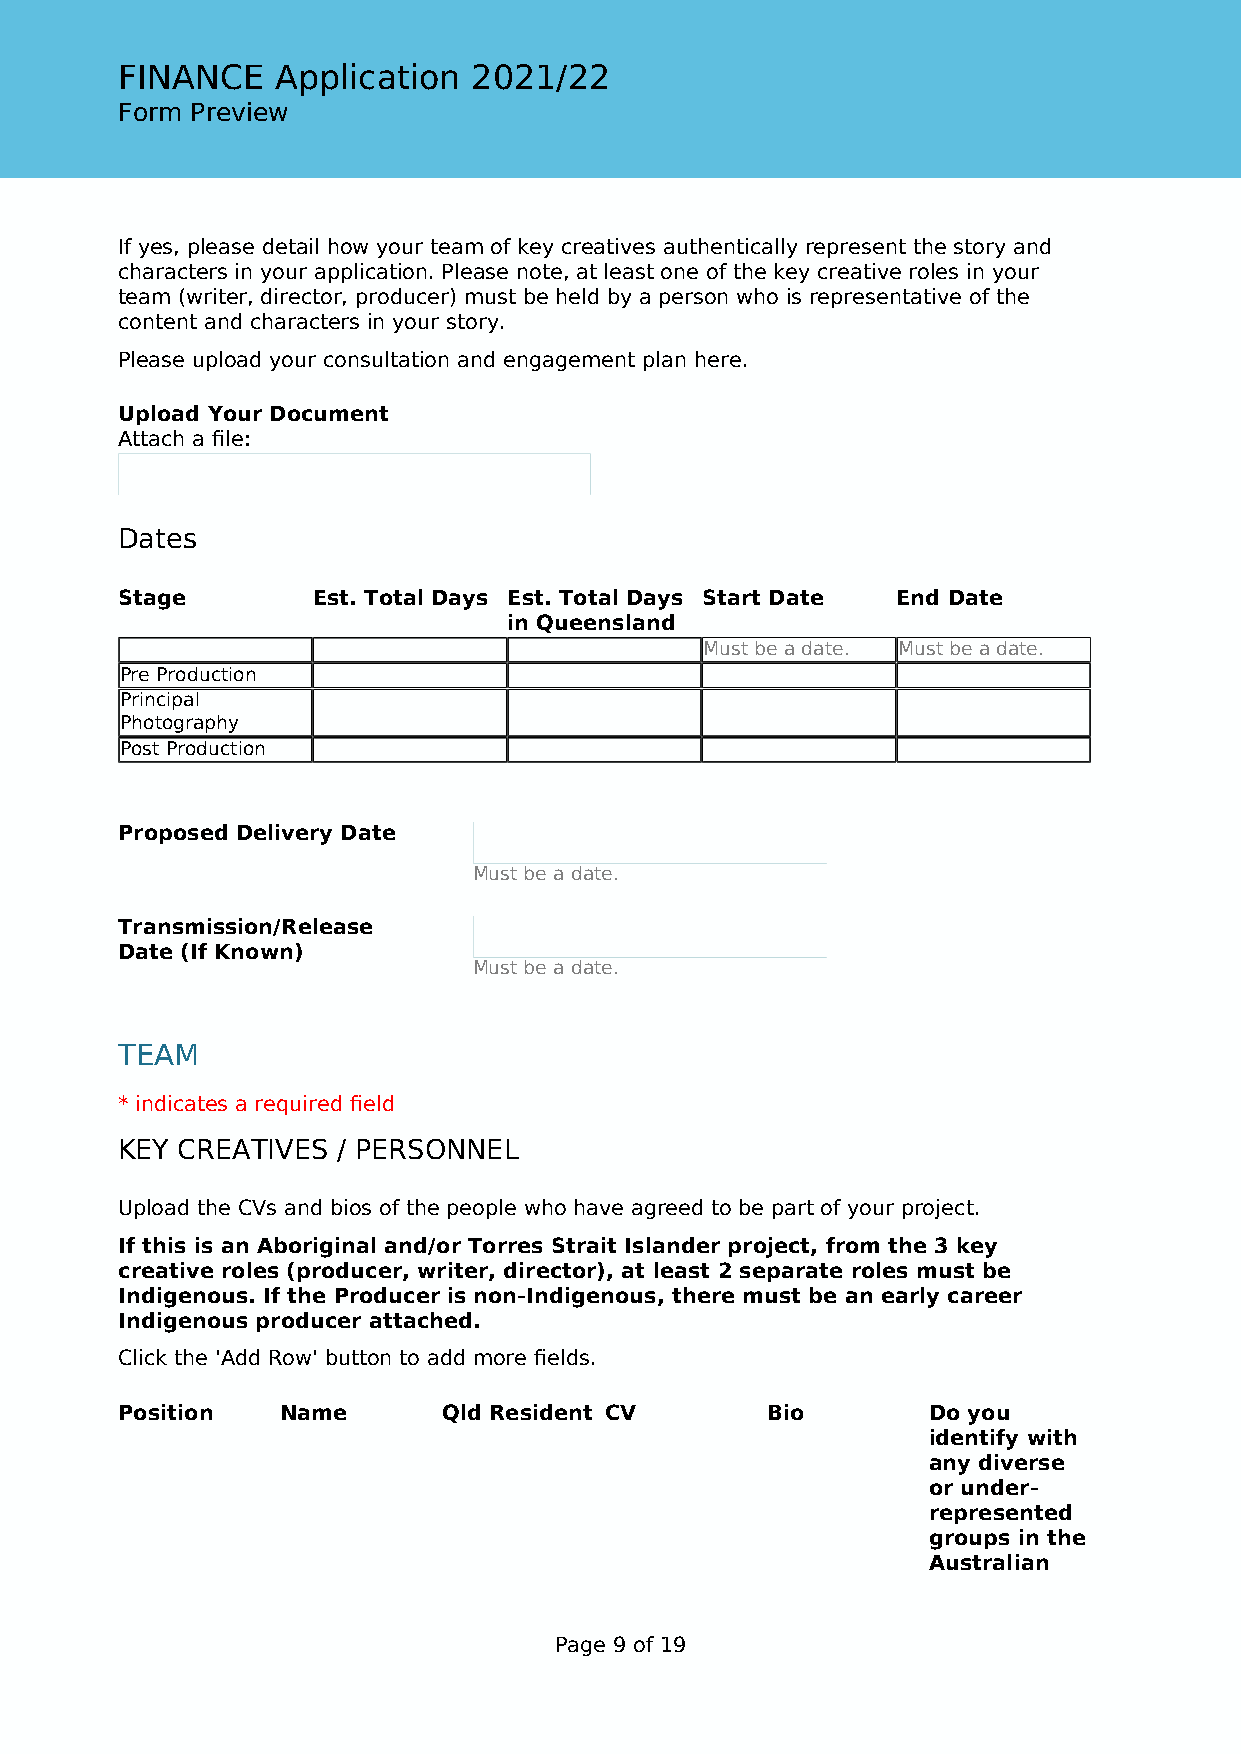
FINANCE   Application  2021/22
 Form Preview
 If yes, please detail how your team of key creatives authentically represent the story and
 characters in your application. Please note, at least one of the key creative roles in your
 team (writer, director, producer) must be held by a person who is representative of the
 content and characters in your story.
 Please upload your consultation and engagement plan here.
 Upload Your Document
 Attach a file:
 Dates
 Stage        Est. Total Days Est. Total Days Start Date End Date
 in Queensland
 Must be a date. Must be a date.
 Pre Production
 Principal
 Photography
 Post Production
 Proposed Delivery Date
 Must be a date.
 Transmission/Release
 Date (If Known)
 Must be a date.
 TEAM
 * indicates a required field
 KEY CREATIVES / PERSONNEL
 Upload the CVs and bios of the people who have agreed to be part of your project.
 If this is an Aboriginal and/or Torres Strait Islander project, from the 3 key
 creative roles (producer, writer, director), at least 2 separate roles must be
 Indigenous. If the Producer is non-Indigenous, there must be an early career
 Indigenous producer attached.
 Click the 'Add Row' button to add more fields.
 Position   Name      Qld Resident CV       Bio       Do you
 identify with
 any diverse
 or under-
 represented
 groups in the
 Australian
 Page 9 of 19